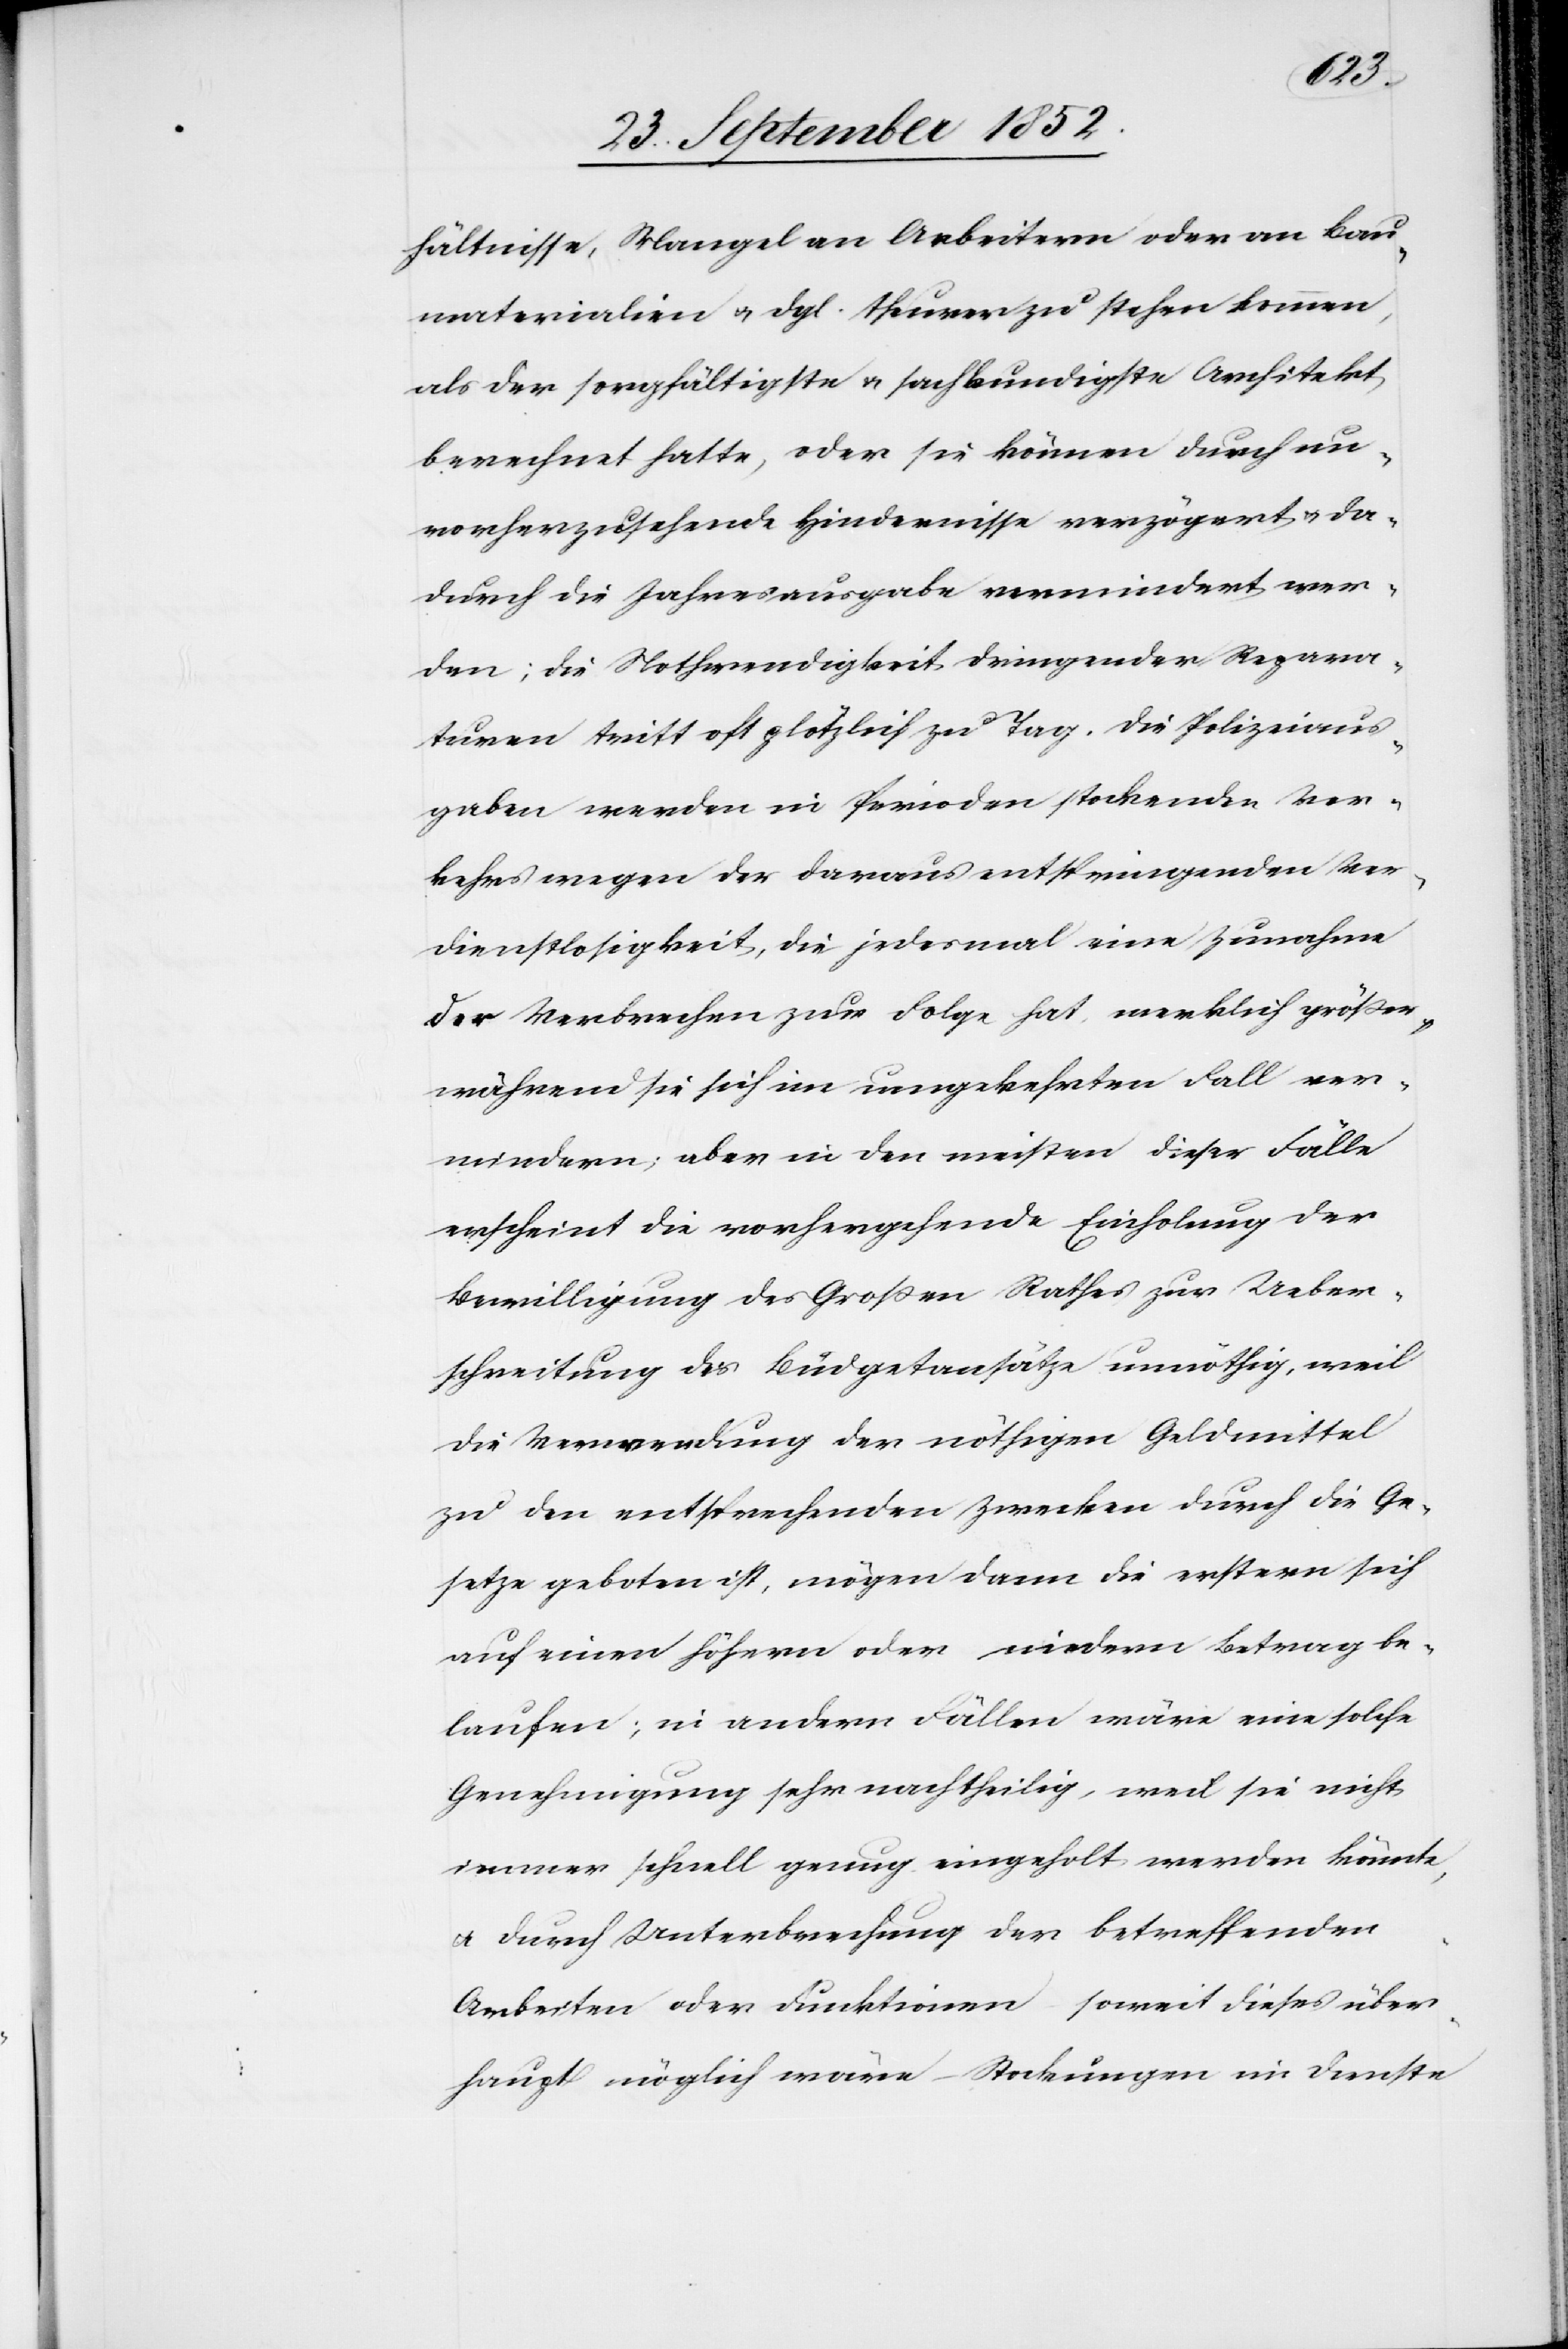
hältnisse, Mangel an Arbeitern oder an Bau¬
materialien & dgl. theurer zu stehen kommen,
als der sorgfältigste & sachkundigste Architekt
berechnet hatte, oder sie können durch un¬
vorherzusehende Hindernisse verzögert & da¬
durch die Jahresausgabe vermindert wer¬
den; die Nothwendigkeit dringender Repara¬
turen tritt oft plötzlich zu Tag. Die Polizeiaus¬
gaben werden in Perioden stockenden Ver¬
kehrs wegen der daraus entspringenden Ver¬
dienstlosigkeit, die jedesmal eine Zunahme
der Verbrechen zur Folge hat, merklich größer,
während sie sich im umgekehrten Fall ver¬
mindern; aber in den meisten dieser Fälle
erscheint die vorhergehende Einholung der
Bewilligung des Großen Rathes zur Ueber¬
schreitung des [sic!] Büdgetansätze unnöthig, weil
die Verwendung der nöthigen Geldmittel
zu den entsprechenden Zwecken durch die Ge¬
setze geboten ist, mögen dann die erstern sich
auf einen höhern oder niedern Betrag be¬
laufen; in andern Fällen wäre eine solche
Genehmigung sehr nachtheilig, weil sie nicht
immer schnell genug eingeholt werden könnte,
& durch Unterbrechung der betreffenden
Arbeiten oder Funktionen soweit dieses über¬
haupt möglich wäre – Stockungen im Dienste